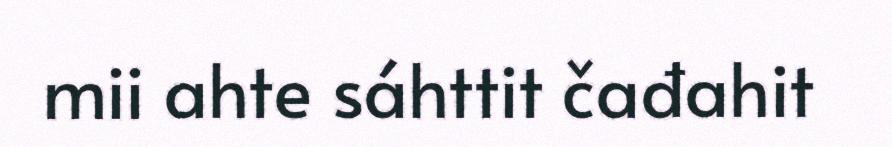
mii ahte sáhttit čađahit